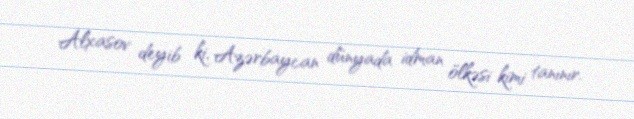
Alxasov deyib ki, Azərbaycan dünyada idman ölkəsi kimi tanınır.